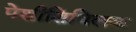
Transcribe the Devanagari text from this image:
पेशीशिथिलक